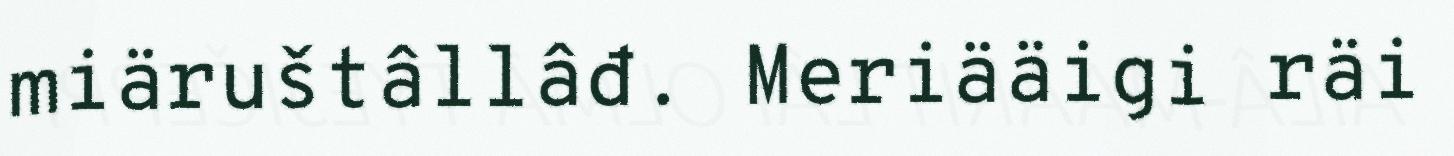
miäruštâllâđ. Meriääigi räi